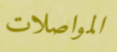
المواصلات